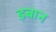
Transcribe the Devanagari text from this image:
इबान